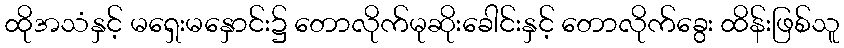
ထိုအသံနှင့် မရှေးမနှောင်း၌ တောလိုက်မုဆိုးခေါင်းနှင့် တောလိုက်ခွေး ထိန်းဖြစ်သူ